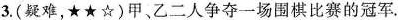
3.(疑难，★★☆)甲、乙二人争夺一场围棋比赛的冠军.